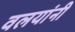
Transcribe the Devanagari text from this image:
वलयांनी